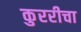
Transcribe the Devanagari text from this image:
कुररीचा